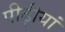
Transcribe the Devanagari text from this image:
पीढ़ीयां